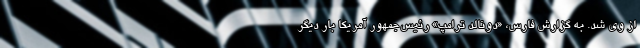
از وی شد. به گزارش فارس، «دونالد ترامپ» رئیس‌جمهور آمریکا بار دیگر